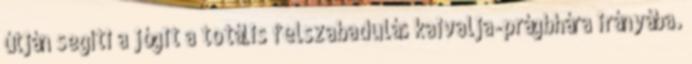
útján segíti a jógit a totális felszabadulás kaivalja-prágbhára irányába.